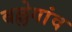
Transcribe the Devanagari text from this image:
बल्लेगांव